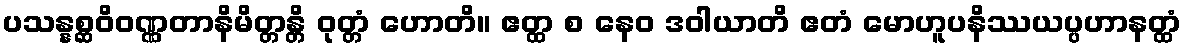
ပသန္နစ္ဆဝိဝဏ္ဏတာနိမိတ္တန္တိ ဝုတ္တံ ဟောတိ။ ဧတ္ထ စ နေဝ ဒဝါယာတိ ဧတံ မောဟူပနိဿယပ္ပဟာနတ္ထံ